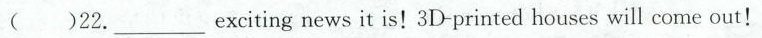
()22.___ exciting news it is!3D-printed houses will come out!